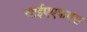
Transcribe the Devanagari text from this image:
आईएएफएस